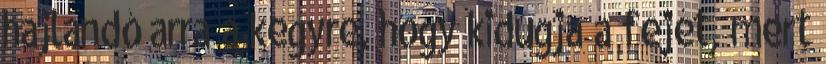
hajlandó arra a kegyre, hogy kidugja a fejét, mert